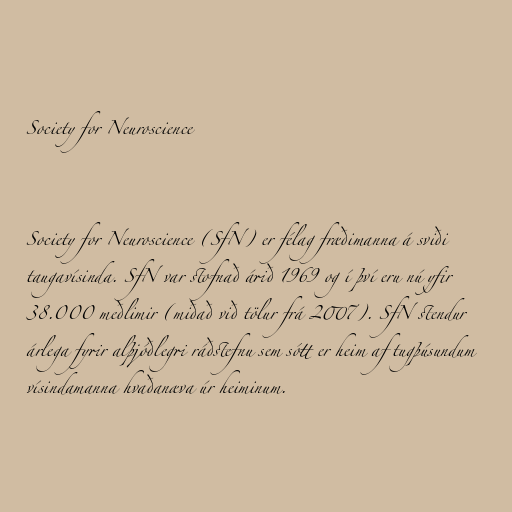
Society for Neuroscience

Society for Neuroscience (SfN) er félag fræðimanna á sviði
taugavísinda. SfN var stofnað árið 1969 og í því eru nú yfir
38.000 meðlimir (miðað við tölur frá 2007). SfN stendur
árlega fyrir alþjóðlegri ráðstefnu sem sótt er heim af tugþúsundum
vísindamanna hvaðanæva úr heiminum.